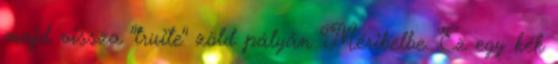
majd vissza "truite" zöld pályán Méribelbe. Ez egy kék